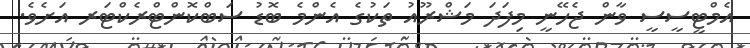
އެމްޓީސީސީ ވާން ޖެހޭނީ މިފަދަ މަޝްރޫއު ތަކުގެ އެންމެ ބޮޑު ސަބްކޮންޓްރެކްޓަރ އަށެވެ.